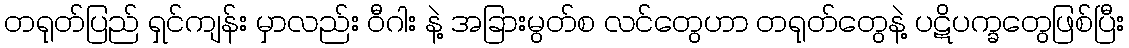
တရုတ်ပြည် ရှင်ကျန်း မှာလည်း ဝီဂါး နဲ့ အခြားမွတ်စ လင်တွေဟာ တရုတ်တွေနဲ့ ပဋိပက္ခတွေဖြစ်ပြီး